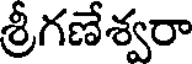
శ్రీగణేశ్వరా